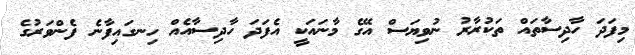
މިފަދަ ހާދިސާތައް ތަކުރާރު ނުވިޔަސް އޭގެ މާނައަކީ އެފަދަ ހާދިސާއެއް ހިނގައިފާނެ ފެންވަރުގެ